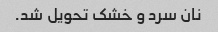
نان سرد و خشک تحویل شد.